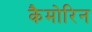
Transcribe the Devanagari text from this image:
कैमोरिन